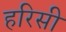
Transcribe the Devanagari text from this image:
हरिसी